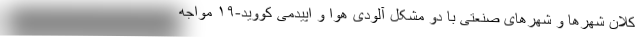
کلان شهرها و شهرهای صنعتی با دو مشکل آلودی هوا و اپیدمی کووید-۱۹ مواجه